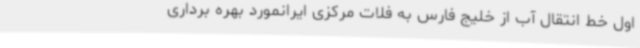
اول خط انتقال آب از خلیج فارس به فلات مرکزی ایرانمورد بهره برداری